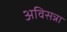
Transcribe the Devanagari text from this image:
अविसन्ना